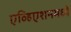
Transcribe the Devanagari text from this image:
एव्हिएशनमध्ये